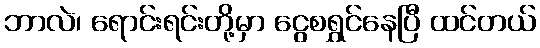
ဘာလဲ၊ ရောင်းရင်းတို့မှာ ငွေစရွှင်နေပြီ ထင်တယ်